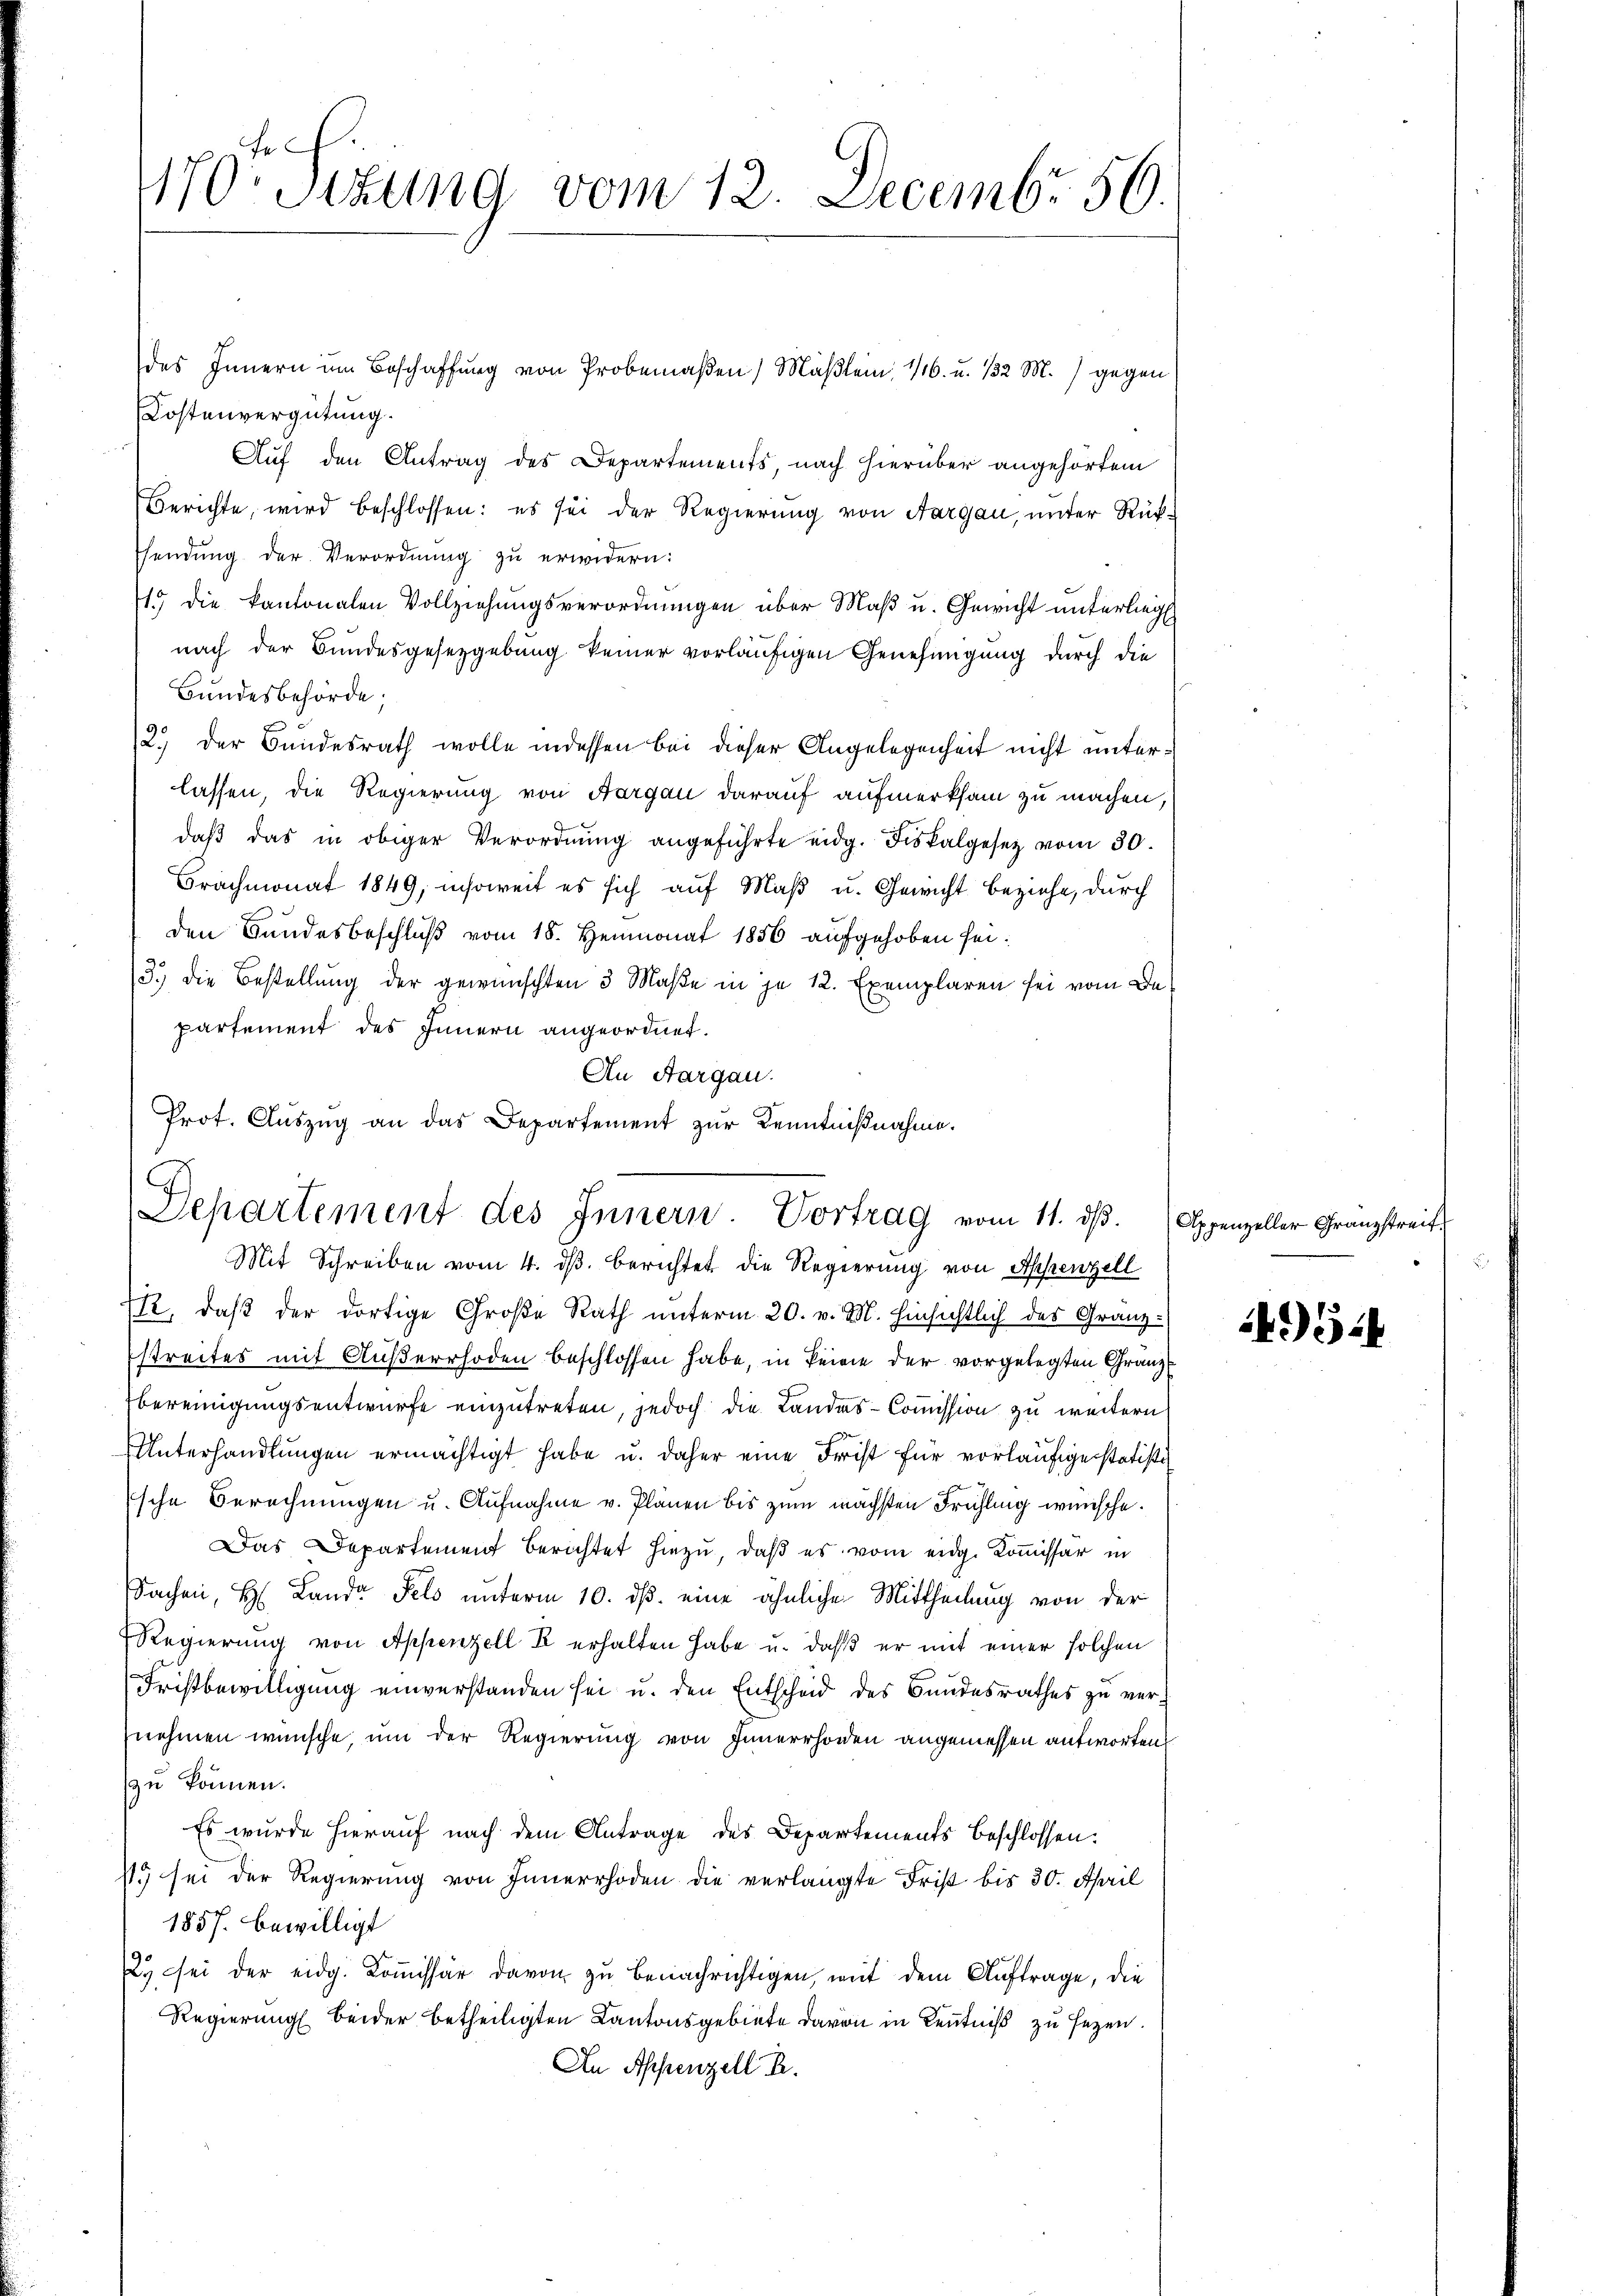
170r Sitzung vom 12. Decembr. 50.

des Innern um Beschaffung von Probemaßen) Mäßlein, 16. u. 132 M.) gegen
Kostenvergütung.
Auf den Antrag des Departements, nach hierüber angehörtem
Berichte, wird beschlossen: es sei der Regierung von Aargau, unter Rück-
sendung der Verordnung zu erwidern:
19 die kantonalen Vollziehungsverordnungen über Maß u. Gewicht unterliegt.
nach der Bundesgesetzgebung keiner vorläufigen Genehmigung durch die
Bundesbehörde;
2.) Der Bundesrath wolle indessen bei dieser Angelegenheit nicht unterlassen die Regierung von Aargau darauf aufmerksam zu machen,
daβ das in obiger Verordnŭng angeführte eidg. Fiskalgesetz vom 30.
Brachmonat 1849, insoweit es sich auf Maß u. Gewicht beziehe, durch
den Bundesbeschluß vom 18. Heumonat 1856 aufgehoben sei.
3.) Die Bestellung der gewünschten 3 Maße in je 12. Exemplaren sei vom Departement des Innern angeordnet.
An Aargau.
e
Mit Schreiben vom 4. dβ berichtet die Regierung von Appenzell
I/2, daβ der dortige Große Rath unterm 20. v. M. hinsichtlich des Granz-
streites mit Außerrhoden beschlossen habe, in keine der vorgelegten Gränze
bereinigungsentwurfe einzutreten, jedoch die Landes-Commission zu weitern
UUnterhandlungen ermächtigt habe u. daher eine Frist für vorläufige statisti
sche Berechnungen u. Aufnahme v. Plänen bis zum nächsten Frühling wünsche.
Das Departement berichtet hiezu, daß es vom eidg. Kommissär in
Sachen, H. Lande Fels unterm 10. ds. eine ähnliche Mittheilung von der
Regierung von Appenzell Er erhalten habe u. daß er mit einer solchen
Fristbewilligung einverstanden sei u. den Entscheid des Bundesrathes zu vernehmen wünsche, um der Regierung von Innerrhoiden angemessen antworten.
zu können.
Es wurde hierauf nach dem Antrage des Departements beschlossen.
15 sei der Regierung von Innerrhoden die verlangte Frist bis 30. April
1857 bewilligt
. sei der eidg. Kommissär davon zu benachrichtigen, mit dem Auftrage, die
Regierung beider betheiligten Kantonsgebiete davon in Kenntniß zu sezen.
In Appenzell A.

Prot. Auszug an das Departement zur Kenntnißnahme.
Separtement des Innern Vortrag vom 11. dβ. Appenzeller Granzstreit,

495.